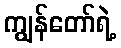
ကျွန်တော်ရဲ့